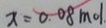
x = 0 . 0 8 m o l